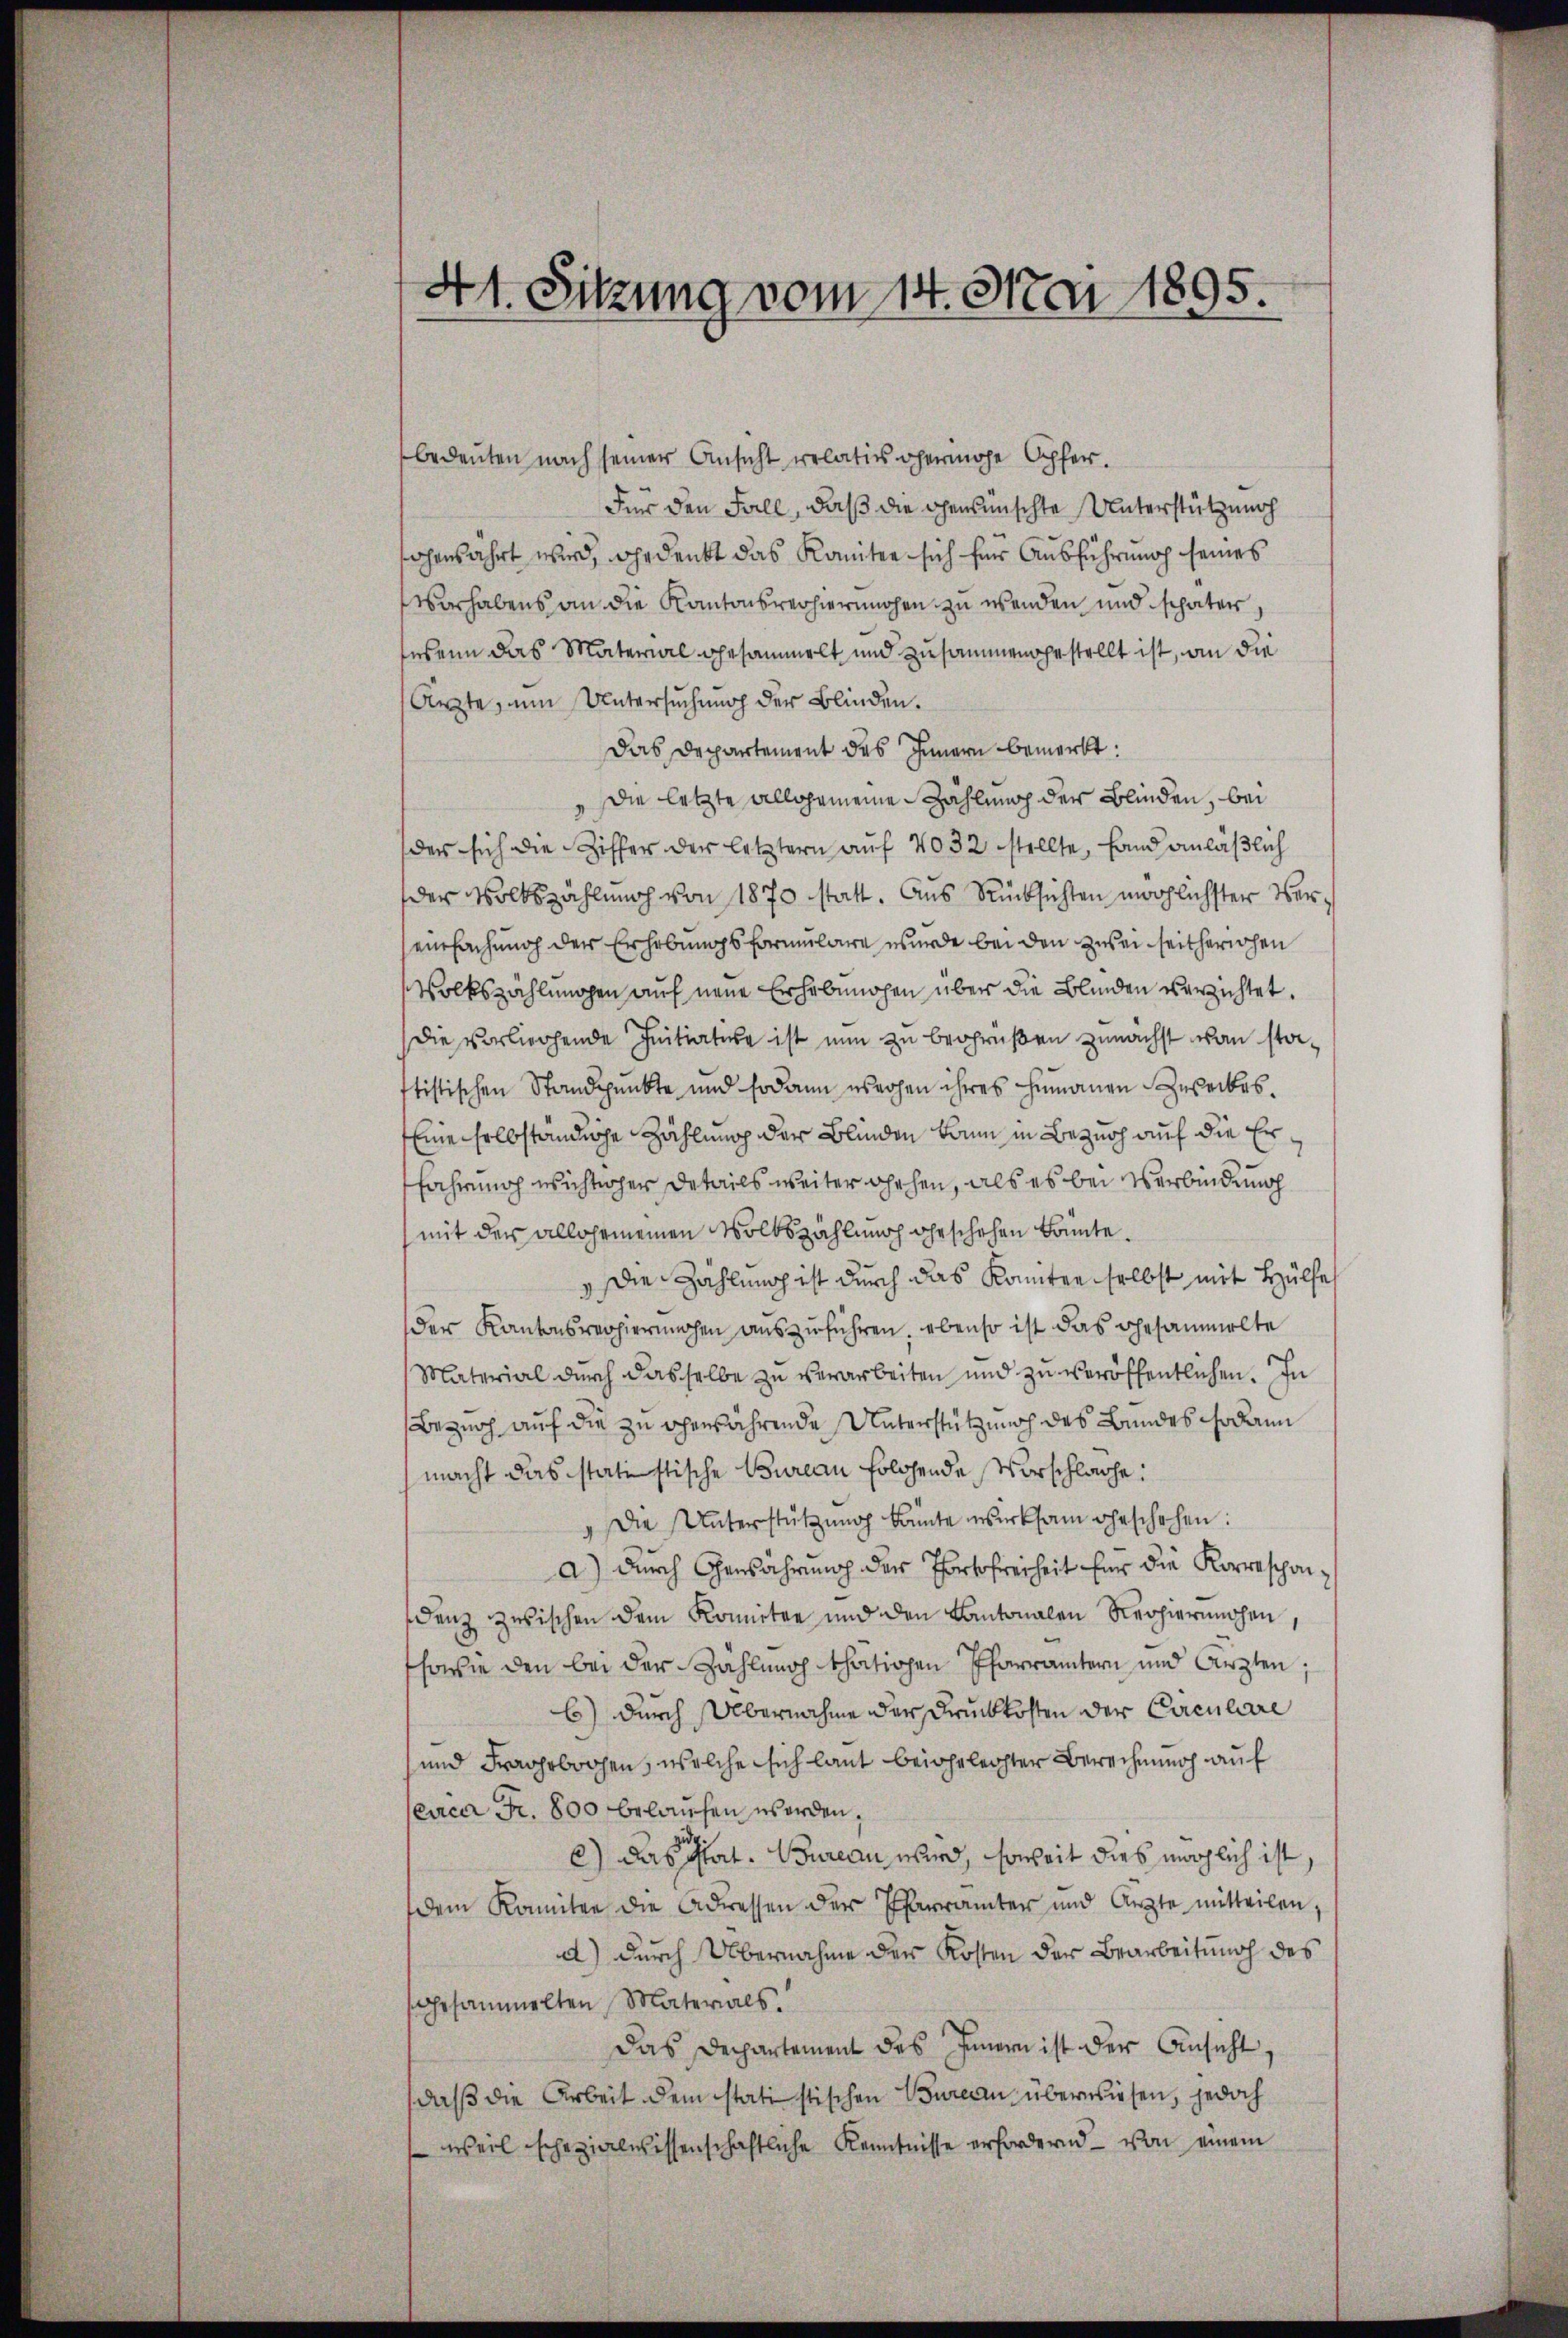
41. Sitzung vom 14. Mai 1895.

bedeuten nach seiner Ansicht relativ geringe Opfer.
Für den Fall, daß die gewünschte Unterstützung
fohenährt wird, gedenkt das Komitee sich für Ausführung seines
Vorhabens an die Kantonsrecherungen zu wenden und später,
wenn das Material gesammelt und zusammengestellt ist, an die
Ärzte, um Untersuchung der Blinden.
Das Departement des Innern bemerkt:
 Die letzte allgemeine Zähluach der Blinden, bei
der sich die Ziffer der letztern auf 4032 stellte, fand anläßlich
der Volkszählung von 1870 statt. Aus Rücksichten möchlichster Vereinfachung der Erhebungsformulare wurde bei den Zwei seitherichen
Volkszählungen auf neue Erhebungen über die Blinden verzichtet.
Die vorliegende Initiature ist nun zu begrüßen zunächst von statistischen Standpunkte und sodann es rohen ihres humanen Zuseckes.
Eine selbständige Zählung der Blinden kann in Bezug auf die Erfahrung wichtsher Details weiter gehen, als es bei Verbindung
mit der allgemeinen Volkszählung geschehen könnte.
 Die Zählung ist durch das Komitee selbst mit Hülfe
der Kantonsregierungen auszuführen, ebenso ist das Gesammelte
Material durch dasselbe zu verarbeiten und zu veröffentlichen. In
Bezug auf die zu ohenwahrende Unterstützung des Bundes sodann
macht das statistische Bureau folgende Vorschlache:
 Die Unterstützung konnte wirksam geschehen:
a.) durch Gensährung der Portofreiheit für die Korreschandenz zwischen dem Komitee und den Kantonalen Regierungen,
sowie den bei der Zählung thätiogen Pfarrämtern und Arzten;
6) durch Übernahme der Druckkosten der Circulare
und Fragebogen, welche sich laut beigeleichter Berechnung auf
eirca Fr. 800 belaufen worden,
c) Das hat. Bureau wird, soweit dies möglich ist,
dem Komitee die Adressen der Pfarrämter und Arzte mitteilen;
d) durch Übernahme der Kosten der Bearbeitung des
gesammelten Materials.
Das Departement des Innern ist der Ansicht
daß die Arbeit dem statistischen Bureau überwiesen, jedoch
weil schezialwissenschaftliche Kenntnisse erfordernd — von einem